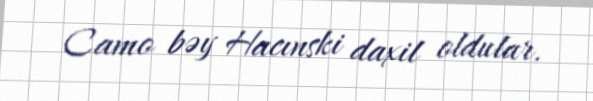
Camo bəy Hacınski daxil oldular.